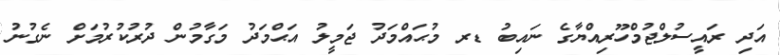
އަދި ރައީސުލްޖުމްހޫރިއްޔާގެ ނައިބު ޑރ މުޙައްމަދު ޖަމީލު އަޙްމަދު މަގާމުން ދުރުކުރުމަށް ނެގުނު